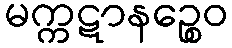
မက္ကဋာနဉ္စေဝ